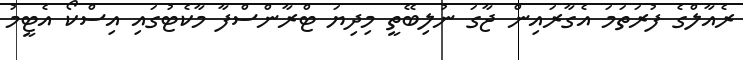
ރެއާލްގެ ފުރަތަމަ އެގާރައިން ޖާގަ ނުލިބޭތީ މިދިޔަ ޓްރާންސްފާ މާކެޓުގައި އިސްކޯ އެޓީމު